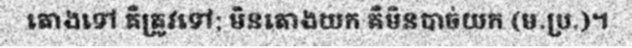
តោងទៅ គឺត្រូវទៅ; មិនតោងយក គឺមិនបាច់យក (ម.ប្រ.)។